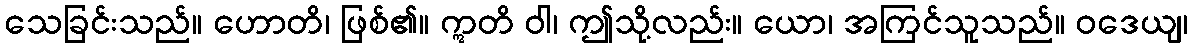
သေခြင်းသည်။ ဟောတိ၊ ဖြစ်၏။ ဣတိ ဝါ၊ ဤသို့လည်း။ ယော၊ အကြင်သူသည်။ ဝဒေယျ၊